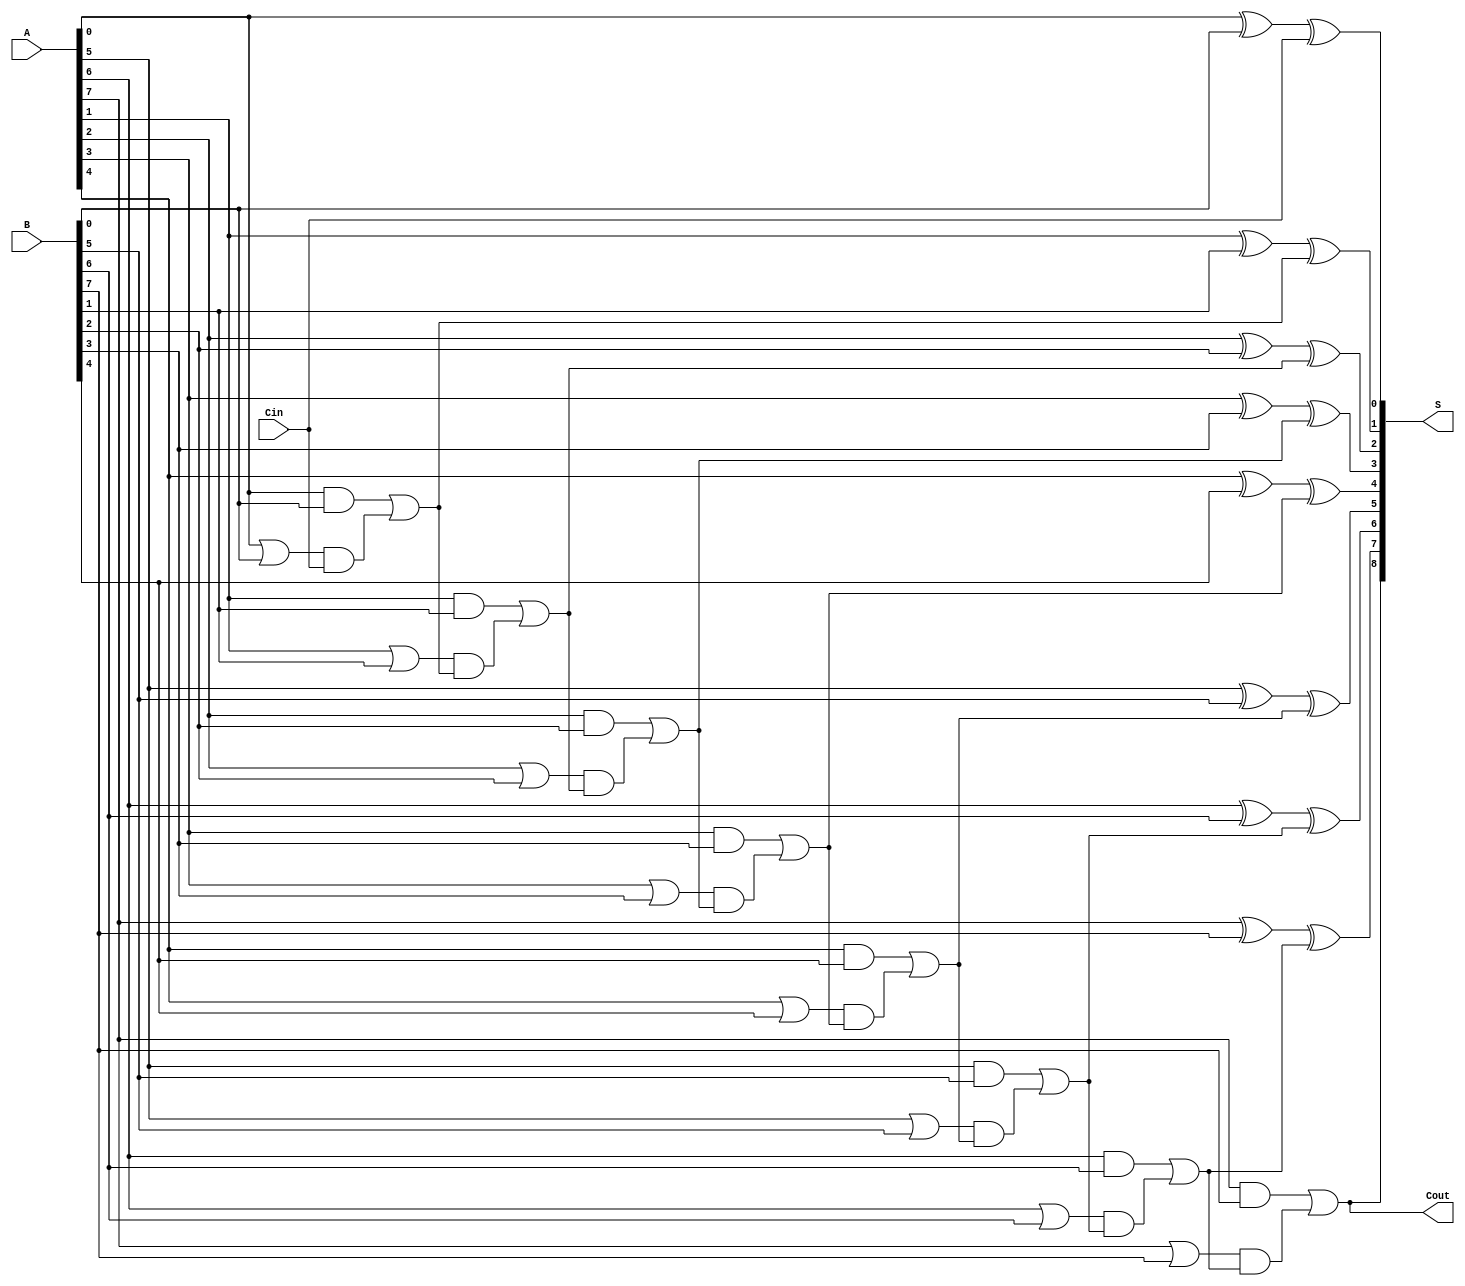
module PrecomputationCarryAdder #(parameter N = 8) (
    input  wire [N-1:0] A,      // First n-bit input
    input  wire [N-1:0] B,      // Second n-bit input
    input  wire        Cin,      // Carry input
    output wire [N:0] S,        // n+1-bit sum output
    output wire        Cout       // Carry output
);

    // Internal signals for carry generation and propagation
    wire [N-1:0] G; // Generate
    wire [N-1:0] P; // Propagate
    wire [N:0] C;   // Carry signals

    // Carry Generation and Propagation
    genvar i;
    generate
        for (i = 0; i < N; i = i + 1) begin : generate_logic
            assign G[i] = A[i] & B[i];           // Generate G[i]
            assign P[i] = A[i] | B[i];           // Propagate P[i]
        end
    endgenerate

    // Carry signals computation
    assign C[0] = Cin; // Initial carry input
    generate
        for (i = 1; i <= N; i = i + 1) begin : carry_logic
            assign C[i] = G[i-1] | (P[i-1] & C[i-1]); // Carry computation
        end
    endgenerate

    // Sum calculation
    generate
        for (i = 0; i < N; i = i + 1) begin : sum_logic
            assign S[i] = A[i] ^ B[i] ^ C[i]; // Sum bits
        end
    endgenerate

    assign S[N] = C[N]; // Carry out
    assign Cout = C[N]; // Output carry

endmodule